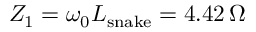
Z _ { 1 } = \omega _ { 0 } L _ { \mathrm { s n a k e } } = 4 . 4 2 \, \Omega